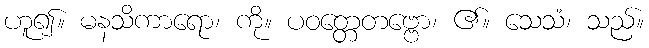
ဟူ၍။ မနသိကာရော၊ ကို။ ပဝတ္တေတဗ္ဗော၊ ၏။ သေသံ၊ သည်။